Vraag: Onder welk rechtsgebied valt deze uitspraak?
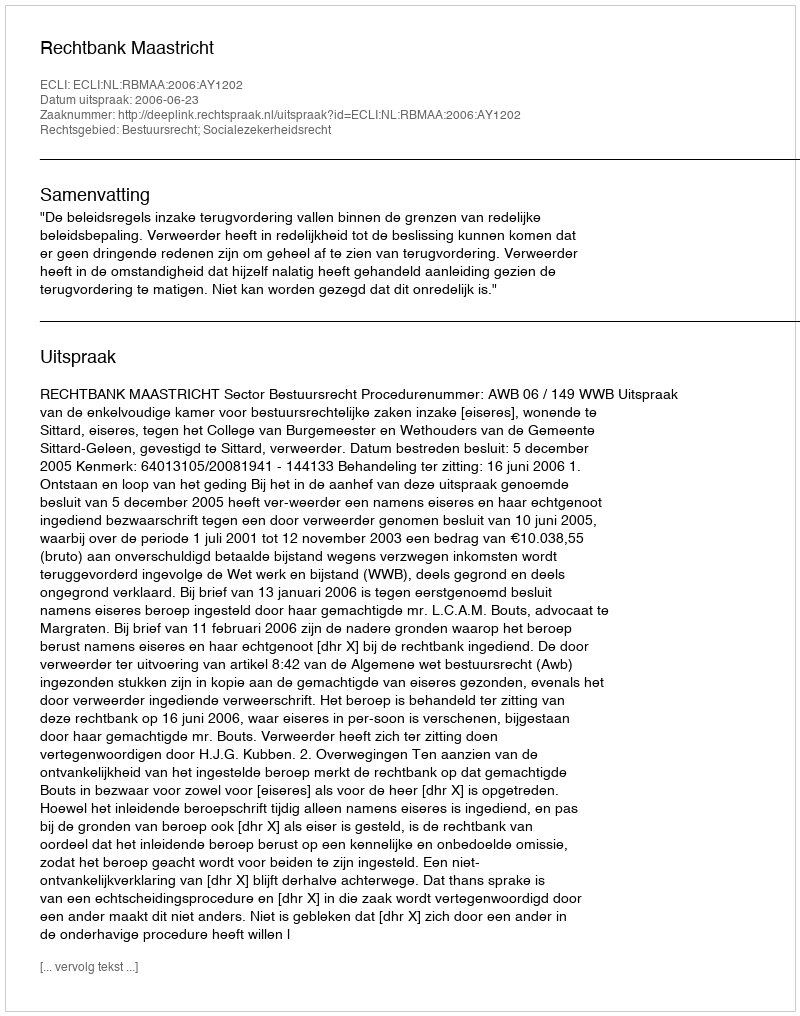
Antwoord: Bestuursrecht; Socialezekerheidsrecht